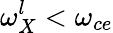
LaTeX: \omega_{X}^{l}<\omega_{ce}